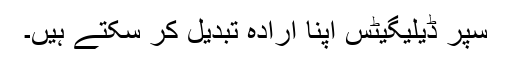
سپر ڈیلیگیٹس اپنا ارادہ تبدیل کر سکتے ہیں۔